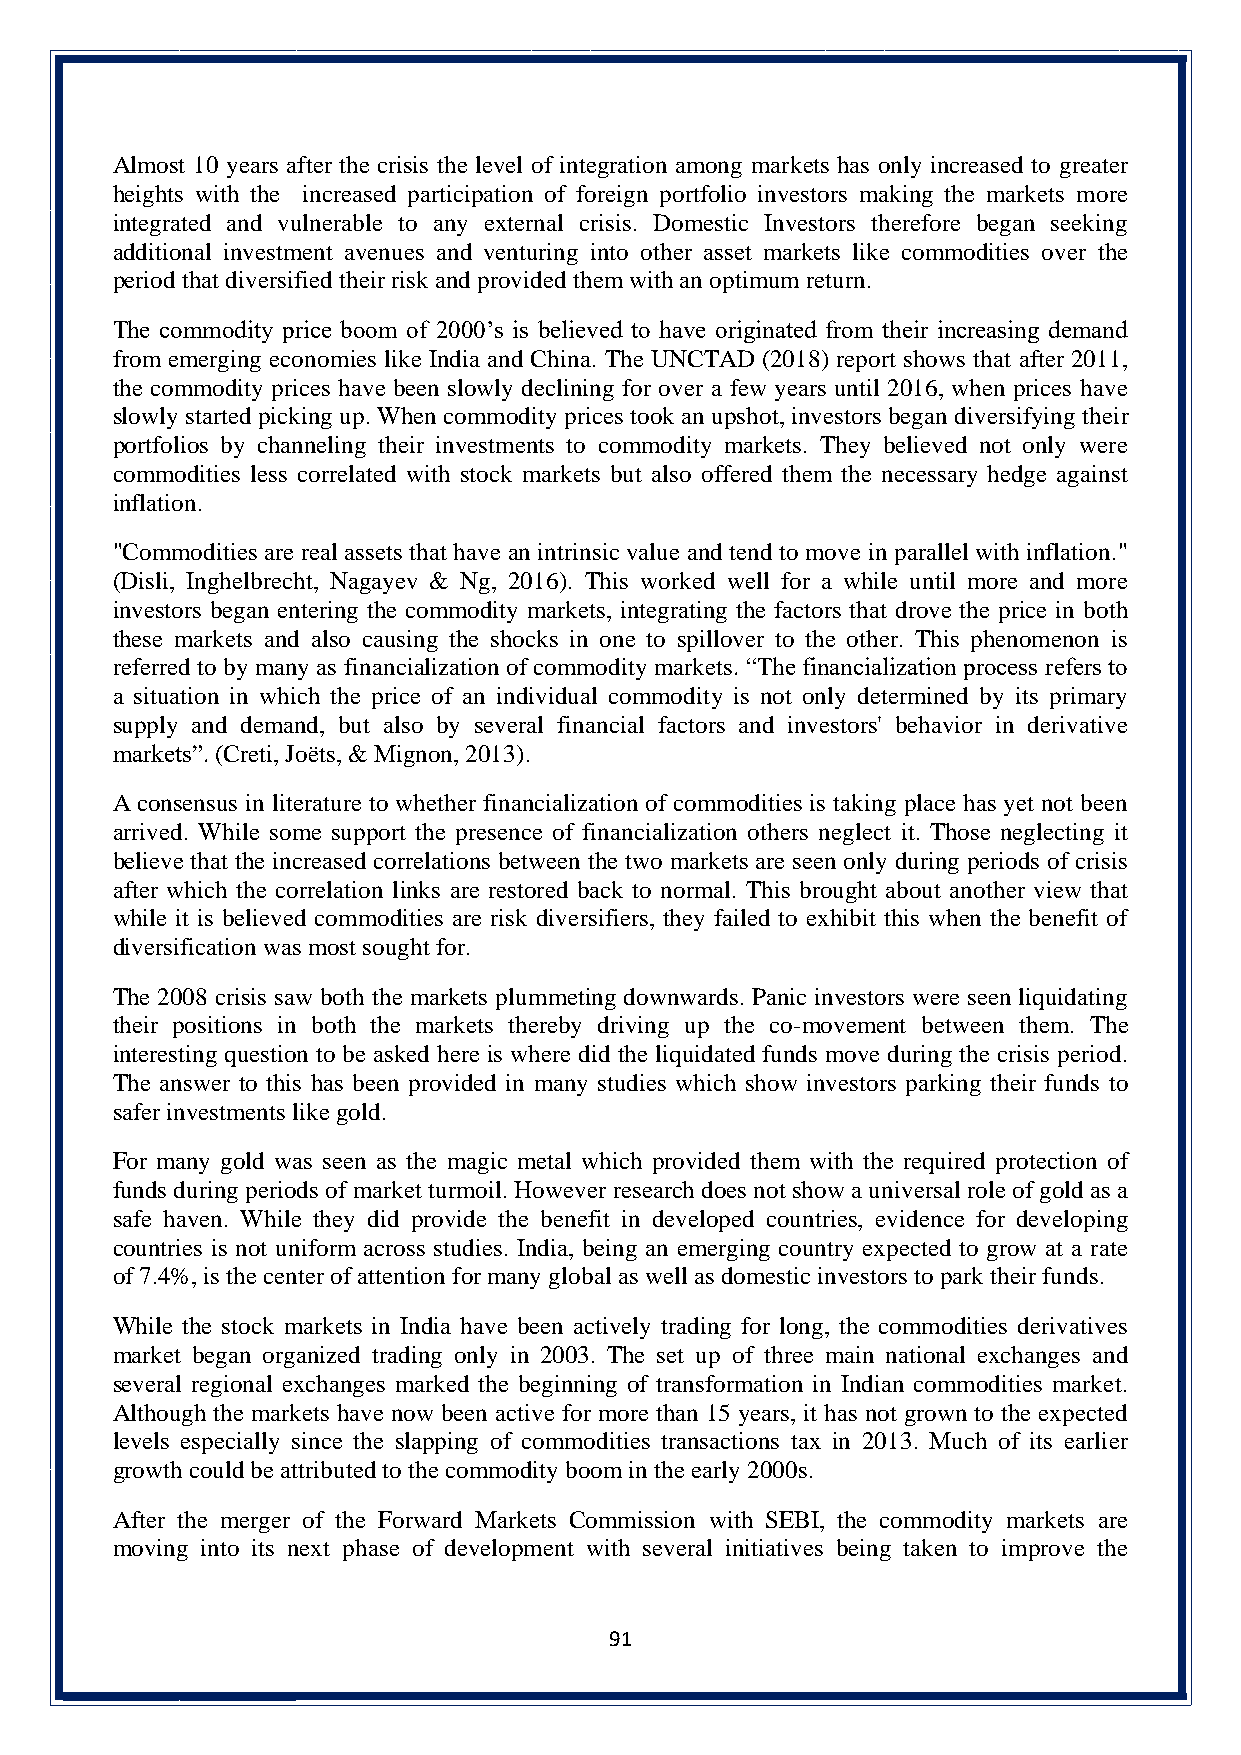
Almost 10 years after the crisis the level of integration among markets has only increased to greater
 heights with the increased participation of foreign portfolio investors making the markets more
 integrated and vulnerable to any external crisis. Domestic Investors therefore began seeking
 additional investment avenues and venturing into other asset markets like commodities over the
 period that diversified their risk and provided them with an optimum return.
 The commodity price boom of 2000’s is believed to have originated from their increasing demand
 from emerging economies like India and China. The UNCTAD (2018) report shows that after 2011,
 the commodity prices have been slowly declining for over a few years until 2016, when prices have
 slowly started picking up. When commodity prices took an upshot, investors began diversifying their
 portfolios by channeling their investments to commodity markets. They believed not only were
 commodities less correlated with stock markets but also offered them the necessary hedge against
 inflation.
 "Commodities are real assets that have an intrinsic value and tend to move in parallel with inflation."
 (Disli, Inghelbrecht, Nagayev & Ng, 2016). This worked well for a while until more and more
 investors began entering the commodity markets, integrating the factors that drove the price in both
 these markets and also causing the shocks in one to spillover to the other. This phenomenon is
 referred to by many as financialization of commodity markets. “The financialization process refers to
 a situation in which the price of an individual commodity is not only determined by its primary
 supply and demand, but also by several financial factors and investors' behavior in derivative
 markets”. (Creti, Joëts, & Mignon, 2013).
 A consensus in literature to whether financialization of commodities is taking place has yet not been
 arrived. While some support the presence of financialization others neglect it. Those neglecting it
 believe that the increased correlations between the two markets are seen only during periods of crisis
 after which the correlation links are restored back to normal. This brought about another view that
 while it is believed commodities are risk diversifiers, they failed to exhibit this when the benefit of
 diversification was most sought for.
 The 2008 crisis saw both the markets plummeting downwards. Panic investors were seen liquidating
 their positions in both the markets thereby driving up the co-movement between them. The
 interesting question to be asked here is where did the liquidated funds move during the crisis period.
 The answer to this has been provided in many studies which show investors parking their funds to
 safer investments like gold.
 For many gold was seen as the magic metal which provided them with the required protection of
 funds during periods of market turmoil. However research does not show a universal role of gold as a
 safe haven. While they did provide the benefit in developed countries, evidence for developing
 countries is not uniform across studies. India, being an emerging country expected to grow at a rate
 of 7.4%, is the center of attention for many global as well as domestic investors to park their funds.
 While the stock markets in India have been actively trading for long, the commodities derivatives
 market began organized trading only in 2003. The set up of three main national exchanges and
 several regional exchanges marked the beginning of transformation in Indian commodities market.
 Although the markets have now been active for more than 15 years, it has not grown to the expected
 levels especially since the slapping of commodities transactions tax in 2013. Much of its earlier
 growth could be attributed to the commodity boom in the early 2000s.
 After the merger of the Forward Markets Commission with SEBI, the commodity markets are
 moving into its next phase of development with several initiatives being taken to improve the
 91